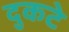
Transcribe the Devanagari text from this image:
दुकटे